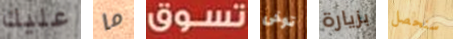
عليك ما تسوق توخى بزيارة سنحصل